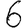
Digit: 6